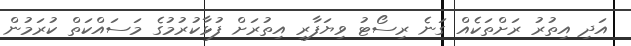
އަދި އިތުރު ރަށްތަކެއް ގަނެ ރިސޯޓު ވިޔަފާރި އިތުރަށް ފުޅާކުރުމުގެ މަސައްކަތް ކުރަމުން